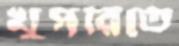
খুপরিতে